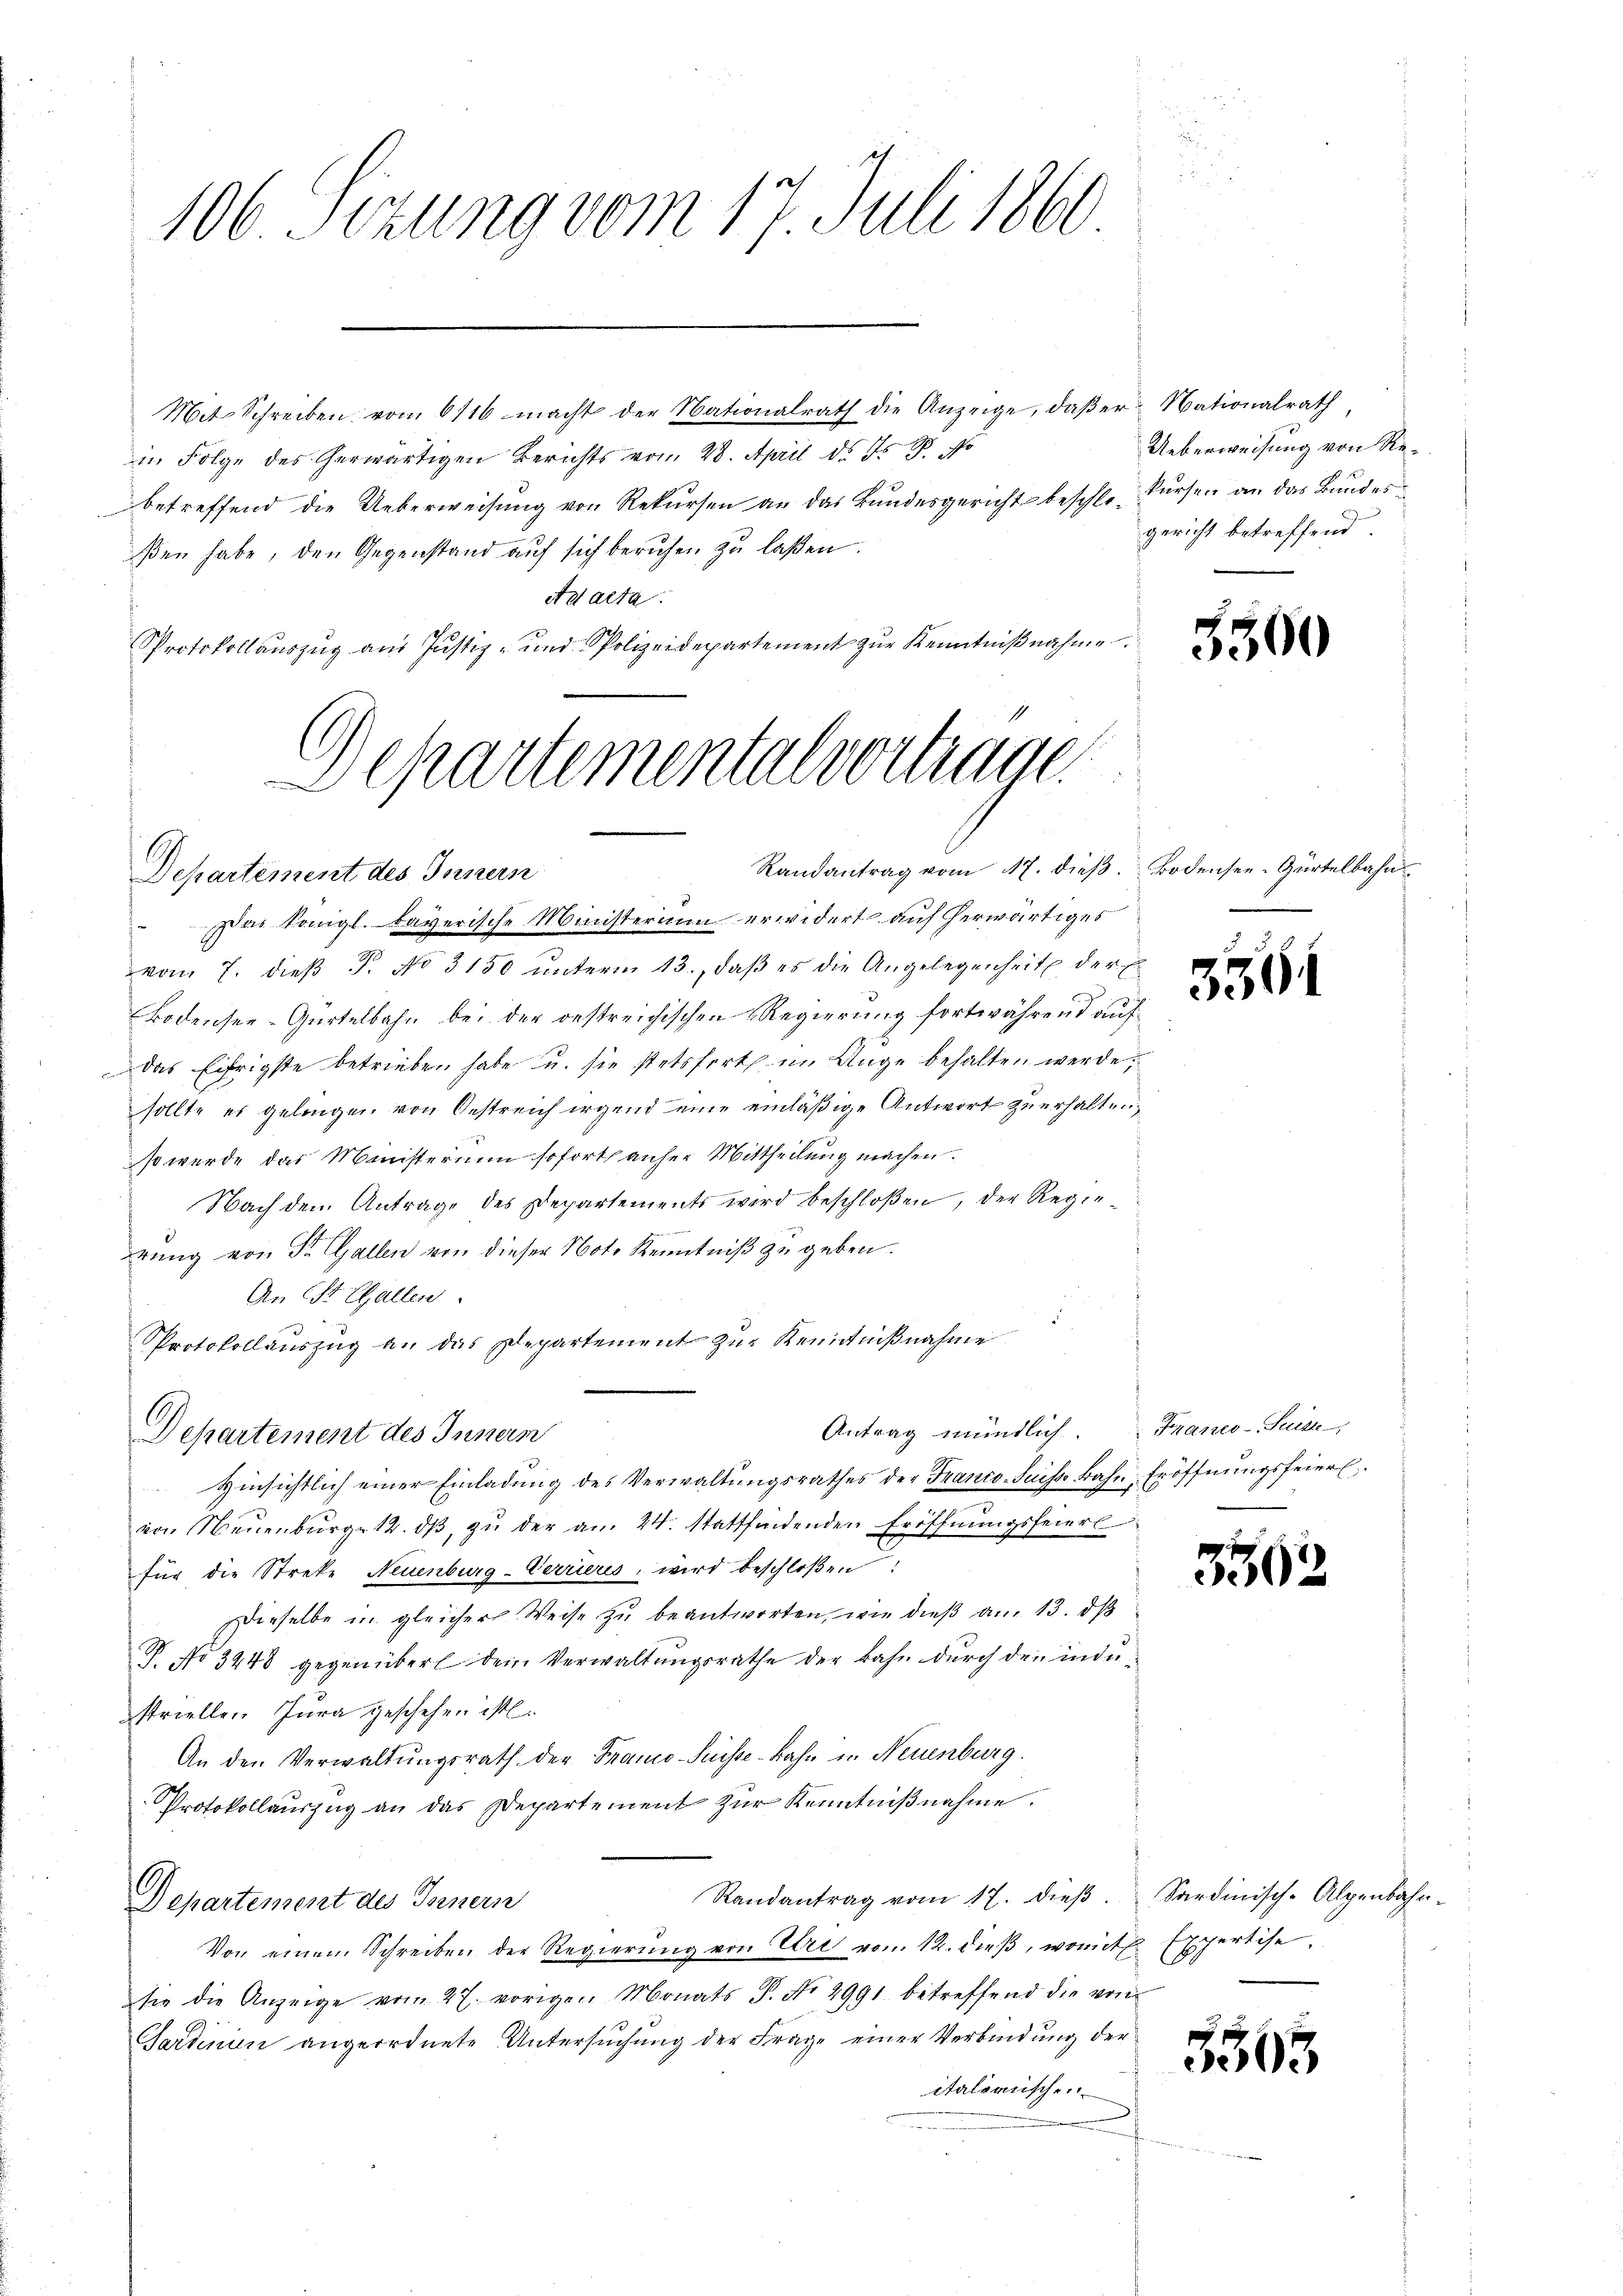
106 Sizung vom 17. Juli 1860

Mit Schreiben vom 6116 macht der Nationalrath die Anzeige, daβ er Nationalrath
in Folge des herwärtigen Berichts vom 28. April d. J. P. No
betreffend die Ueberweisŭng von Rekursen an das Bundesgericht beschle. Fürsen an das Bundes
ßen habe, den Gegenstand auf sich beruhen zu laßen.
Ad acta.
h
Protokollauszug aus Justiz- und Polizeidepartement zur Kenntnißnahme
s
Departemental vortrage

Randantrag vom 17. dieβ. Bodensee-Gürtelbahn
Departement des Innern

Antrag mündlich Franco-Suisse,

Das Königl. bayerische Ministerium erwidert auf herwärtiges
vom 7. dieβ P. No 3150 ŭnterm 13., daβ es die Angelegenheit der E
Bodensee-Gürtelbahn bei der bestreichischen Regierung fortwährend auf
Das Eifrigste betrieben habe u. sie stetsfort in Auge behalten werde,
sollte es gelingen von Oestreich irgend eine einläßige Antwort zu erhalten,
so werde das Ministerium soforts anher Mittheilung machen.
Nach dem Antrage des Departements wird beschloßen, der Regie¬
.
rung von St. Gallen von dieser Note Kenntniß zu geben.
An St. Gallen
Protokollaŭszŭg an das Departement zŭr Kenntniβnahme
Departement des Innern
 Hinsichtlich einer Einladung des Verwaltungsrathes der Franco-Suisse Bahn Eröffnungsfeierl
von Neuenbŭrg 12. dβ, zŭ der am 24. stattfindenden Eröffnŭngsfeierl
für die Streke Neuenburg-Verriers, wird beschloßen:
Dieselbe in gleicher Weise zu beantworten, wie dieß am 13. ds
P. No 3448 gegenüberl dem Verwaltungsrathe der Bahn durch den industriellen Jura geschehen ist.
An den Verwaltungsrath der Trano-Puisse-Bahn in Neuenburg.
Protokollauszug an das Departement zur Kenntnißnahme.
Randantrag vom 17. dieβ. Sardinisch-Alpenbahn-
Departement des Innern
Von einem Schreiben der Regierŭng von Uri von 12. dieß, womit
sie die Anzeige vom 27. vorigen Monats P. No 2991. betreffend die von
Sartinum angeordnete Untersuchung der Frage einer Verbindung der
italerische

Ueberweisung von Regericht betreffend.

556

3

n

350

3365

)

Expertise. |
B